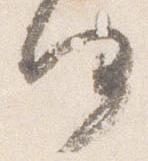
何